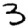
Digit: 3